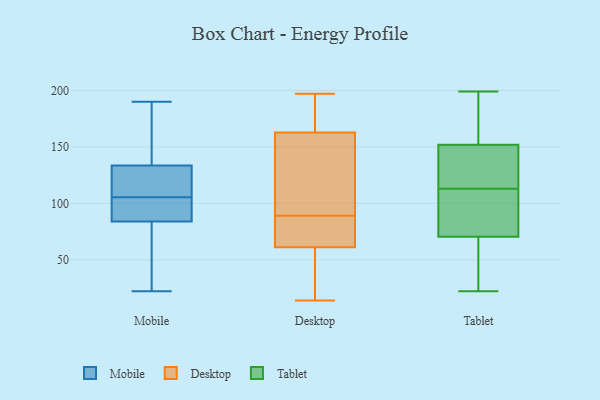
{"axis": {"x": "Website Visitors", "y": "Value"}, "legend": ["Desktop", "Mobile", "Tablet"], "data": [{"x": "", "y": 77, "type": "Mobile"}, {"x": "", "y": 115, "type": "Mobile"}, {"x": "", "y": 138, "type": "Mobile"}, {"x": "", "y": 64, "type": "Mobile"}, {"x": "", "y": 120, "type": "Mobile"}, {"x": "", "y": 104, "type": "Mobile"}, {"x": "", "y": 118, "type": "Mobile"}, {"x": "", "y": 137, "type": "Mobile"}, {"x": "", "y": 87, "type": "Mobile"}, {"x": "", "y": 89, "type": "Mobile"}, {"x": "", "y": 92, "type": "Mobile"}, {"x": "", "y": 188, "type": "Mobile"}, {"x": "", "y": 62, "type": "Mobile"}, {"x": "", "y": 22, "type": "Mobile"}, {"x": "", "y": 81, "type": "Mobile"}, {"x": "", "y": 130, "type": "Mobile"}, {"x": "", "y": 141, "type": "Mobile"}, {"x": "", "y": 107, "type": "Mobile"}, {"x": "", "y": 99, "type": "Mobile"}, {"x": "", "y": 190, "type": "Mobile"}, {"x": "", "y": 67, "type": "Desktop"}, {"x": "", "y": 85, "type": "Desktop"}, {"x": "", "y": 180, "type": "Desktop"}, {"x": "", "y": 115, "type": "Desktop"}, {"x": "", "y": 76, "type": "Desktop"}, {"x": "", "y": 23, "type": "Desktop"}, {"x": "", "y": 14, "type": "Desktop"}, {"x": "", "y": 160, "type": "Desktop"}, {"x": "", "y": 118, "type": "Desktop"}, {"x": "", "y": 69, "type": "Desktop"}, {"x": "", "y": 31, "type": "Desktop"}, {"x": "", "y": 180, "type": "Desktop"}, {"x": "", "y": 89, "type": "Desktop"}, {"x": "", "y": 43, "type": "Desktop"}, {"x": "", "y": 171, "type": "Desktop"}, {"x": "", "y": 135, "type": "Desktop"}, {"x": "", "y": 197, "type": "Desktop"}, {"x": "", "y": 96, "type": "Tablet"}, {"x": "", "y": 75, "type": "Tablet"}, {"x": "", "y": 184, "type": "Tablet"}, {"x": "", "y": 104, "type": "Tablet"}, {"x": "", "y": 199, "type": "Tablet"}, {"x": "", "y": 154, "type": "Tablet"}, {"x": "", "y": 146, "type": "Tablet"}, {"x": "", "y": 116, "type": "Tablet"}, {"x": "", "y": 33, "type": "Tablet"}, {"x": "", "y": 130, "type": "Tablet"}, {"x": "", "y": 113, "type": "Tablet"}, {"x": "", "y": 22, "type": "Tablet"}, {"x": "", "y": 69, "type": "Tablet"}, {"x": "", "y": 183, "type": "Tablet"}, {"x": "", "y": 23, "type": "Tablet"}]}